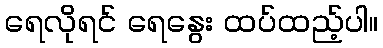
ရေလိုရင် ရေနွေး ထပ်ထည့်ပါ။